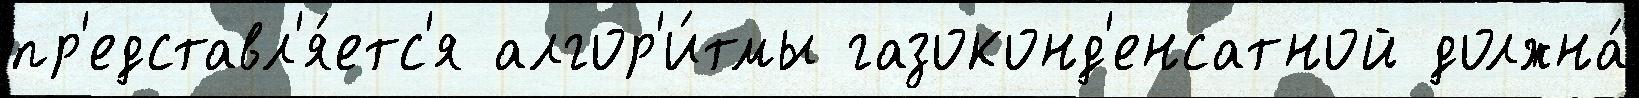
пр'едставл'я́етс'я алгор'и́тмы газоконд'енсатной должна́